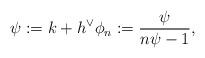
LaTeX: \begin{align*}\psi:= k+ h^\vee \phi_n := \frac{\psi}{n\psi -1 }, \end{align*}